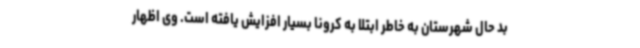
بد حال شهرستان به خاطر ابتلا به کرونا بسیار افزایش یافته است. وی اظهار